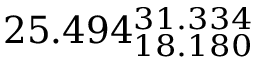
2 5 . 4 9 4 _ { 1 8 . 1 8 0 } ^ { 3 1 . 3 3 4 }